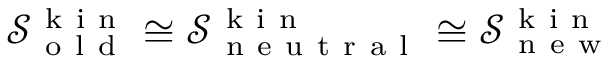
\mathcal { S } _ { \mathrm { ~ o ~ l ~ d ~ } } ^ { \mathrm { ~ k ~ i ~ n ~ } } \cong \mathcal { S } _ { \mathrm { ~ n ~ e ~ u ~ t ~ r ~ a ~ l ~ } } ^ { \mathrm { ~ k ~ i ~ n ~ } } \cong \mathcal { S } _ { \mathrm { ~ n ~ e ~ w ~ } } ^ { \mathrm { ~ k ~ i ~ n ~ } }